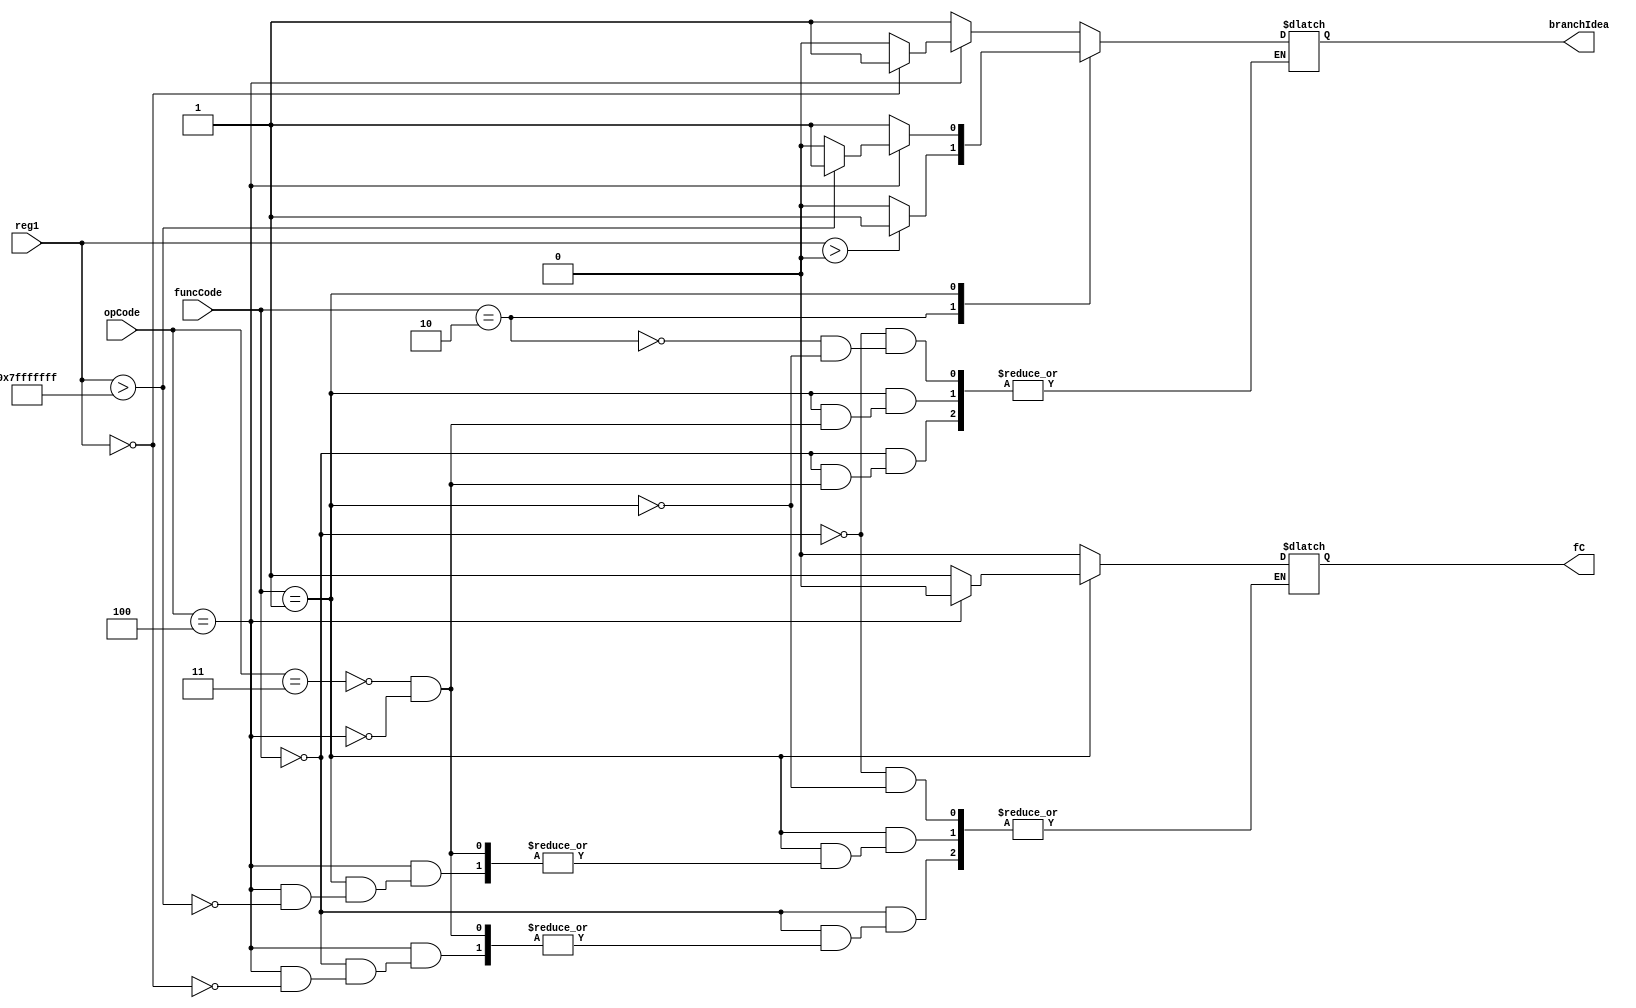
module branchComparator(reg1, funcCode, branchIdea, fC, opCode);

input [31:0] reg1;
input [4:0] opCode;
input [3:0] funcCode;
output reg branchIdea;
output reg fC;

always @(funcCode or reg1 or opCode) begin
case(funcCode)
  4'b0000: begin
           case (opCode)
             5'b00011: begin
                        branchIdea = 1;
                        fC = 0;
                       end
             5'b00100: begin
                         if(reg1 == 0) begin
                            branchIdea = 1;
                            fC = 0;
                         end
                         else branchIdea = 0;
                       end
           endcase
           end
  4'b0010:begin
           if(reg1 > 0) branchIdea = 1;
           else branchIdea = 0;
           end
  4'b0001: begin
           case (opCode)
             5'b00011: begin
                        branchIdea = 1;
                        fC = 1;
                       end
             5'b00100: begin
                       $display("Expected path");
                         //if(reg1[31] == 1) branchIdea = 1;
                         if(reg1 > 2147483647) begin
                           branchIdea = 1;
                           fC = 0;
                         end  
                         //((reg1 < 0)||
                         else branchIdea = 0;
                       end
           endcase
           end
endcase
end

endmodule